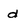
Character: d